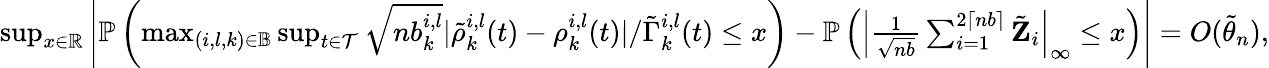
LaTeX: \begin{array}{r}{\operatorname*{sup}_{x\in\mathbb{R}}\left|\mathbb{P}\left(\operatorname*{max}_{(i,l,k)\in\mathbb{B}}\operatorname*{sup}_{t\in\mathcal{T}}\sqrt{nb_{k}^{i,l}}|\tilde{\rho}_{k}^{i,l}(t)-\rho_{k}^{i,l}(t)|/\tilde{\Gamma}_{k}^{i,l}(t)\leq x\right)-\mathbb{P}\left(\left|\frac{1}{\sqrt{nb}}\sum_{i=1}^{2\lceil nb\rceil}\tilde{\mathbf Z}_{i}\right|_{\infty}\leq x\right)\right|=O(\tilde{\theta}_{n}),}\end{array}